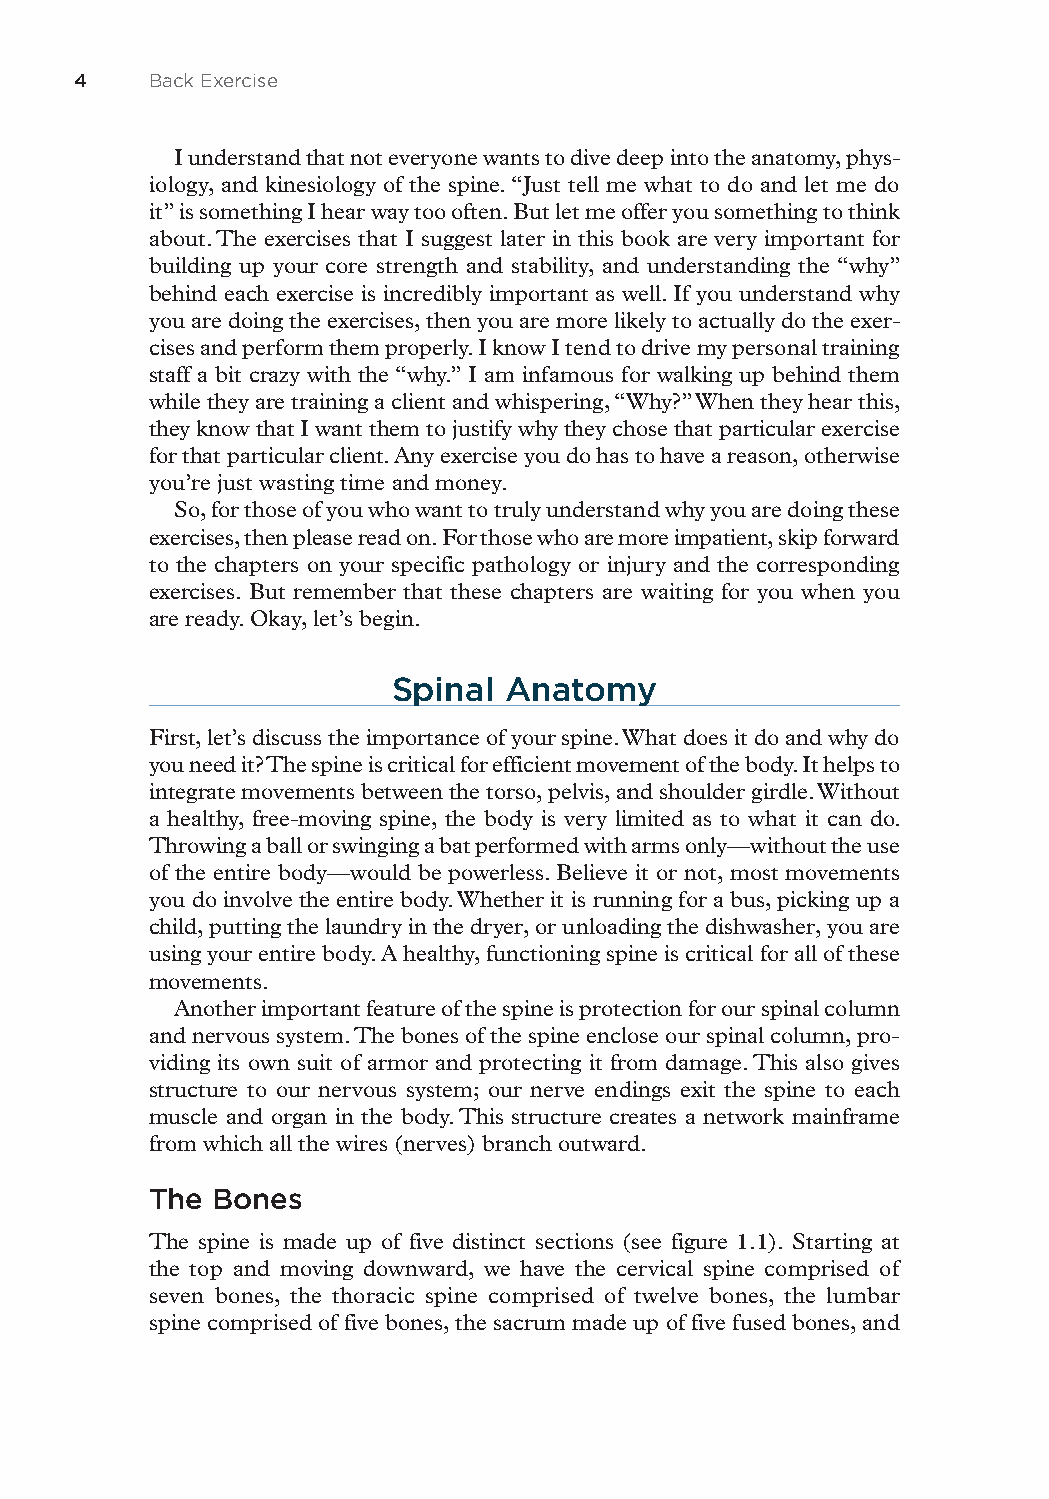
4   Back Exercise
 I understand that not everyone wants to dive deep into the anatomy, phys-
 iology, and kinesiology of the spine. “Just tell me what to do and let me do
 it” is something I hear way too often. But let me offer you something to think
 about. The exercises that I suggest later in this book are very important for
 building up your core strength and stability, and understanding the “why”
 behind each exercise is incredibly important as well. If you understand why
 you are doing the exercises, then you are more likely to actually do the exer-
 cises and perform them properly. I know I tend to drive my personal training
 staff a bit crazy with the “why.” I am infamous for walking up behind them
 while they are training a client and whispering, “Why?” When they hear this,
 they know that I want them to justify why they chose that particular exercise
 for that particular client. Any exercise you do has to have a reason, otherwise
 you’re just wasting time and money.
 So, for those of you who want to truly understand why you are doing these
 exercises, then please read on. For those who are more impatient, skip forward
 to the chapters on your specific pathology or injury and the corresponding
 exercises. But remember that these chapters are waiting for you when you
 are ready. Okay, let’s begin.
 Spinal Anatomy
 First, let’s discuss the importance of your spine. What does it do and why do
 you need it? The spine is critical for efficient movement of the body. It helps to
 integrate movements between the torso, pelvis, and shoulder girdle. Without
 a healthy, free-moving spine, the body is very limited as to what it can do.
 Throwing a ball or swinging a bat performed with arms only—without the use
 of the entire body—would be powerless. Believe it or not, most movements
 you do involve the entire body. Whether it is running for a bus, picking up a
 child, putting the laundry in the dryer, or unloading the dishwasher, you are
 using your entire body. A healthy, functioning spine is critical for all of these
 movements.
 Another important feature of the spine is protection for our spinal column
 and nervous system. The bones of the spine enclose our spinal column, pro-
 viding its own suit of armor and protecting it from damage. This also gives
 structure to our nervous system; our nerve endings exit the spine to each
 muscle and organ in the body. This structure creates a network mainframe
 from which all the wires (nerves) branch outward.
 The  Bones
 The spine is made up of five distinct sections (see figure 1.1). Starting at
 the top and moving downward, we have the cervical spine comprised of
 seven bones, the thoracic spine comprised of twelve bones, the lumbar
 spine comprised of five bones, the sacrum made up of five fused bones, and